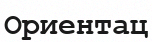
Ориентац